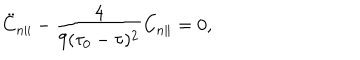
\ddot { C } _ { n \parallel } - \frac { 4 } { 9 ( \tau _ { 0 } - \tau ) ^ { 2 } } C _ { n \parallel } = 0 ,